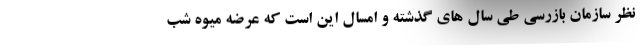
نظر سازمان بازرسی طی سال های گذشته و امسال این است که عرضه میوه شب